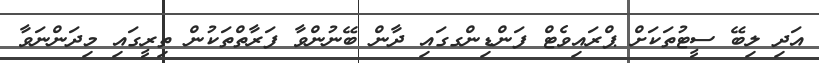
އަދި ލިބޭ ސީޓުތަކަށް ޕްރައިވެޓް ފަންޑިންގގައި ދާން ބޭނުންވާ ފަރާތްތަކުން ތިރީގައި މިދަންނަވާ